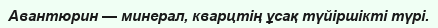
Авантюрин — минерал, кварцтің ұсақ түйіршікті түрі.